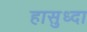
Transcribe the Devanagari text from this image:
हासुध्दा